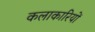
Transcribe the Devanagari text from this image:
कलाकारियों